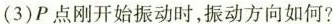
(3)P点刚开始振动时，振动方向如何?